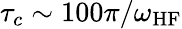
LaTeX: \tau_{c}\sim 100\pi/\omega_{\mathrm{HF}}